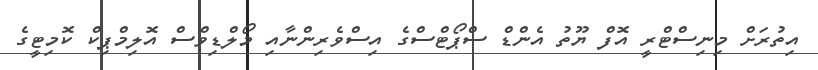
އިތުރަށް މިނިސްޓްރީ އޮފް ޔޫތު އެންޑް ސްޕޯޓްސްގެ އިސްވެރިންނާއި މޯލްޑިވްސް އޮލިމްޕިކް ކޮމިޓީގެ